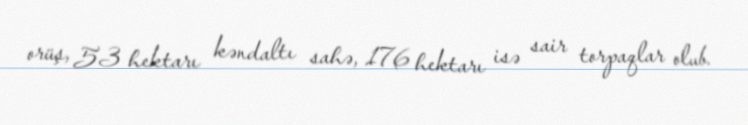
orüş, 53 hektarı kəndaltı sahə, 176 hektarı isə sair torpaqlar olub.